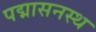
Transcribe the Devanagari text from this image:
पद्मासनस्थ